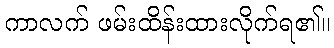
ကာလက် ဖမ်းထိန်းထားလိုက်ရ၏။